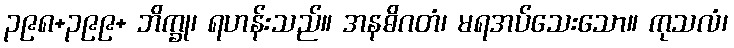
၃၉၈+၃၉၉+ ဘိက္ခု၊ ရဟန်းသည်။ အနဓိဂတံ၊ မရအပ်သေးသော။ ကုသလံ၊